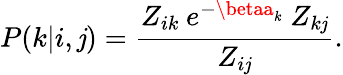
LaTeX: P(k|i,\mathit{j})=\frac{{Z_{ik}\: e^{-\betaa_{k}}\: Z_{k\mathit{j}}}}{{Z_{i\mathit{j}}}}.